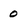
Character: 0